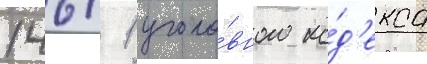
146/ 1 уголо́вного ко́д'екса